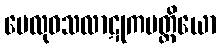
ဗေလုဝသလာဋုကမတ္တိယော